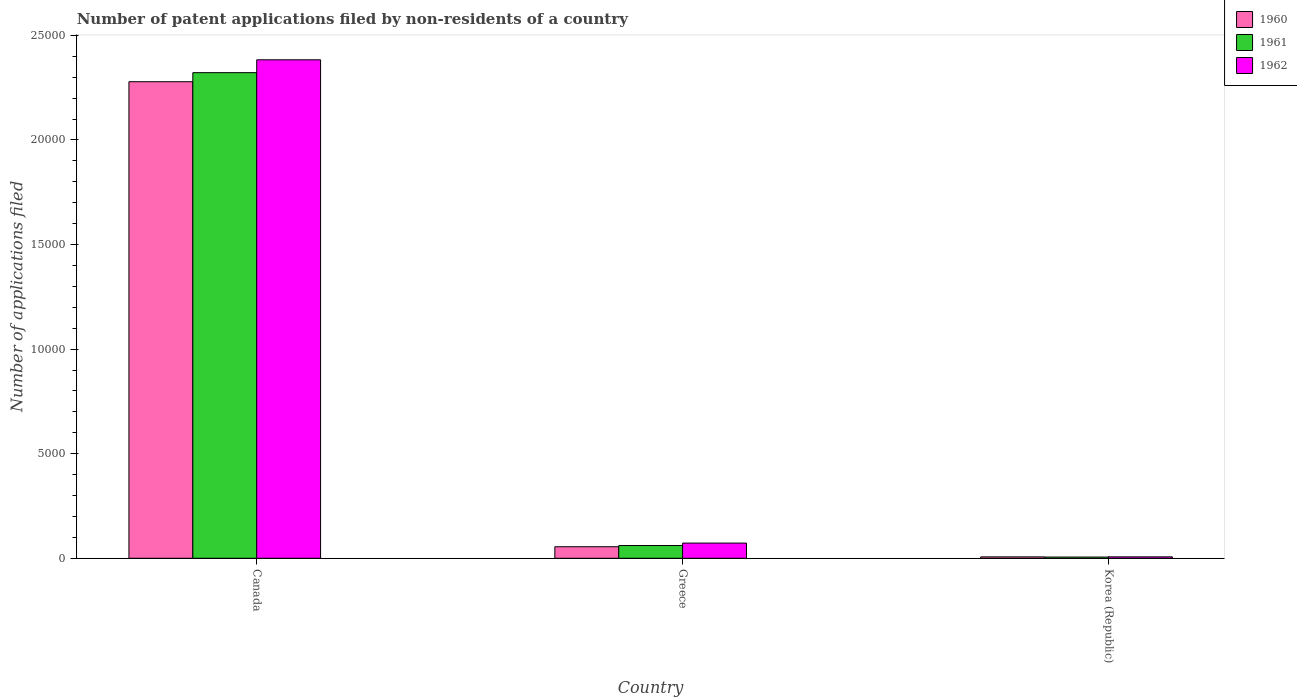
| Country | 1960 | 1961 | 1962 |
 | --- | --- | --- | --- |
 | Canada | 2.28e+04 | 2.32e+04 | 2.38e+04 |
 | Greece | 551 | 609 | 726 |
 | Korea (Republic) | 66 | 58 | 68 |